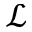
\mathcal { L }